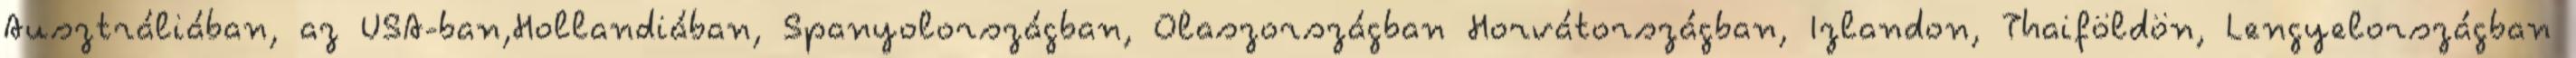
Ausztráliában, az USA-ban,Hollandiában, Spanyolországban, Olaszországban Horvátországban, Izlandon, Thaiföldön, Lengyelországban